Annual report on the working of the Harcourt Butler Institute of Public Health, Rangoon
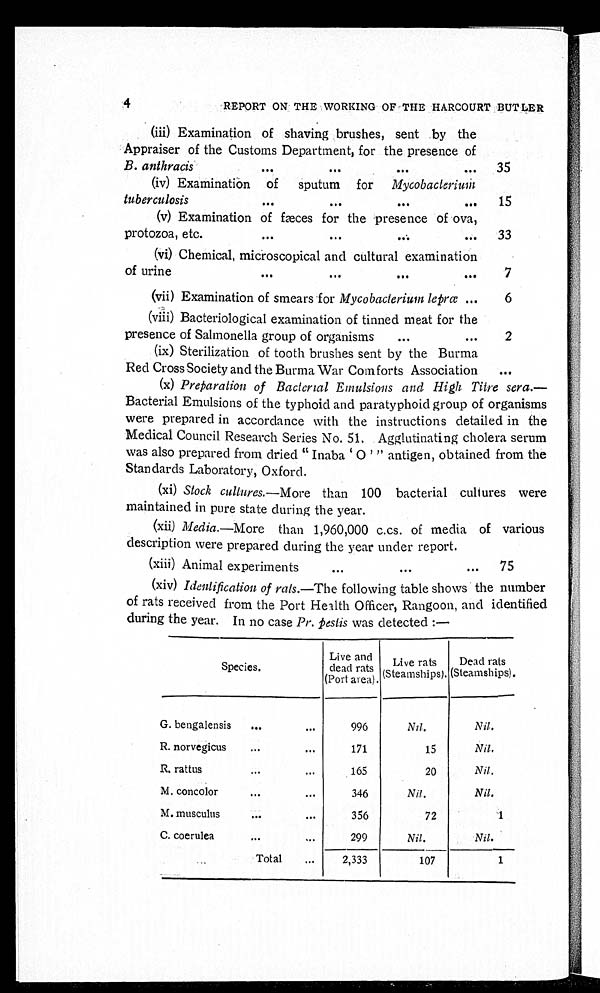
4
REPORT ON THE WORKING OF THE HARCOURT BUTLER
(iii) Examination of shaving brushes, sent by the
Appraiser of the Customs Department, for the presence of
B. anthracis
...
...
...
...
35
(iv) Examination of
sputum for Mycobacterium
tuberculosis
...
...
...
...
15
(v) Examination of fæces for the presence of ova,
p rotozoa, etc.
...
...
...
33
(vi) Chemical, microscopical and cultural examination
of urine
...
...
...
...
7
(vii) Examination of smears for Mycobacterium leprœ ...
6
(viii) Bacteriological examination of tinned meat for the
presence of Salmonella group of organisms
...
...
2
(ix) Sterilization of tooth brushes sent by the Burma
Red Cross Society and the Burma War Comforts Association
...
(x) Preparation of Bacterial Emulsions and High Titre sera.—
Bacterial Emulsions of the typhoid and paratyphoid group of organisms
were prepared in accordance with the instructions detailed in the
Medical Council Research Series No. 51. Agglutinating cholera serum
was also prepared from dried " Inaba ' 0 ' " antigen, obtained from the
Standards Laboratory, Oxford.
(xi) Stock cultures.—More than 100 bacterial cultures were
maintained in pure state during the year.
(xii) Media.—More than 1,960,000 c.cs. of media of various
description were prepared during the year under report.
(xiii) Animal experiments... •••
...
75
(xiv) Identification of rats. —The following table shows the number
of rats received from the Port Health Officer, Rangoon, and identified
during the year. In no case Pr. pestis was detected :—
Species.
Live and
dead rats
(Port area).
Live rats
(Steamships).
Dead rats
(Steamships).
G. bengalensis
... ...
996
Nil.
Nil.
R. norvegicus
...
...
171
15
Nil.
R. rattus
. ..
...
165
20
Nil.
M. concolor...
...
3 4 6
Nil.
Nil.
M. musculus
...
...
356
72
1
C. coerulea
...
...
299
Nil.
Nil.
Total
...
2,333
107
1